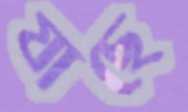
যাছে